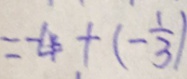
= - 4 + ( - \frac { 1 } { 3 } )